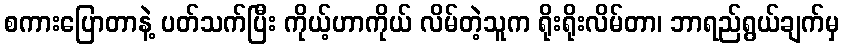
စကားပြောတာနဲ့ ပတ်သက်ပြီး ကိုယ့်ဟာကိုယ် လိမ်တဲ့သူက ရိုးရိုးလိမ်တာ၊ ဘာရည်ရွယ်ချက်မှ